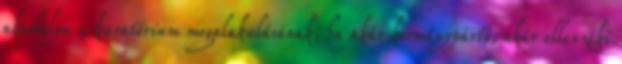
akadálya a kuratórium megalakulásának, ha akár kormánypárti, akár ellenzéki